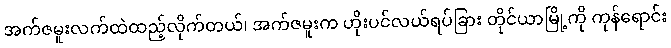
အက်ဇမူးလက်ထဲထည့်လိုက်တယ်၊ အက်ဇမူးက ဟိုးပင်လယ်ရပ်ခြား တိုင်ယာမြို့ကို ကုန်ရောင်း